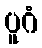
ပူဂံ